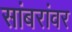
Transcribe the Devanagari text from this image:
सांबरांवर